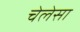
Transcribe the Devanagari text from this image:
चेलेसा